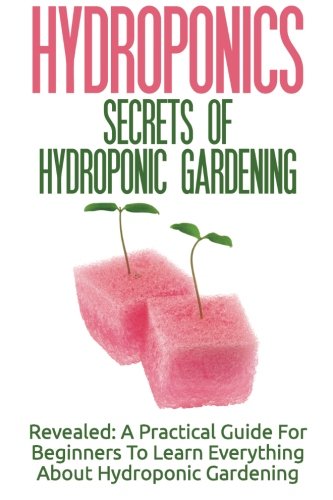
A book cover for Hydroponics: Secrets Of Hydroponic Gardening - A Practical Guide For Beginners To Learn Everything About Hydroponic Gardening; Lilibeth MacQuire; Crafts, Hobbies & Home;